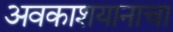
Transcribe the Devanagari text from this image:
अवकाशयानाचा